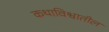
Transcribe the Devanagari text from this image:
कथाविश्वातील